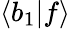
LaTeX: \langle b_{1}|f\rangle